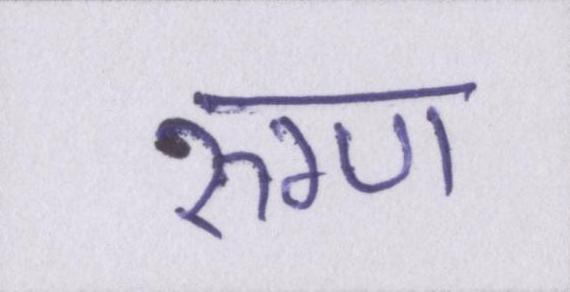
रुग्ण